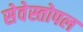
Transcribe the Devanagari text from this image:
सेवेस्तोपल